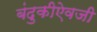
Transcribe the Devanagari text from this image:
बंदुकीऐवजी